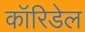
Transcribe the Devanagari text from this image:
कॉरिडेल